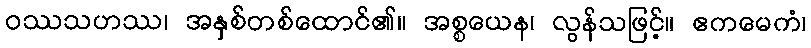
ဝဿသဟဿ၊ အနှစ်တစ်ထောင်၏။ အစ္စယေန၊ လွန်သဖြင့်။ ဧကမေကံ၊